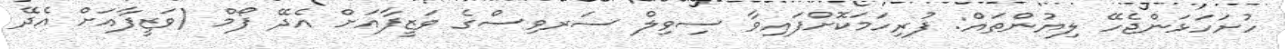
ހުށަހަޅަންޖެހޭ ލިޔުންތައް: ފުރިހަމަކޮށްފައިވާ ސިވިލް ސަރވިސްގެ ވަޒީފާއަށް އެދޭ ފޯމް (ވަޒީފާއަށް އެދޭ